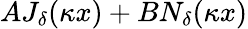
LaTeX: AJ_{\delta}(\kappa x)+BN_{\delta}(\kappa x)